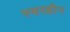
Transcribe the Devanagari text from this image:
स्वरहीन